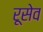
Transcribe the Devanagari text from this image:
रूसेव